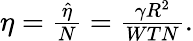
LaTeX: \begin{array}{r}{\eta=\frac{\hat{\eta}}{N}=\frac{\gamma R^{2}}{WTN}.}\end{array}